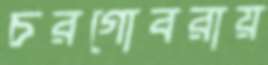
চরগোবরায়